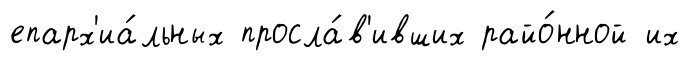
епарх'иа́льных просла́в'ивших райо́нной их